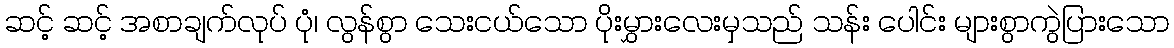
ဆင့် ဆင့် အစာချက်လုပ် ပုံ၊ လွန်စွာ သေးငယ်သော ပိုးမွှားလေးမှသည် သန်း ပေါင်း များစွာကွဲပြားသော